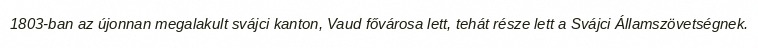
1803-ban az újonnan megalakult svájci kanton, Vaud fővárosa lett, tehát része lett a Svájci Államszövetségnek.